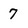
Character: 7